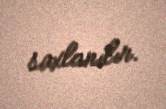
saxlanılır.